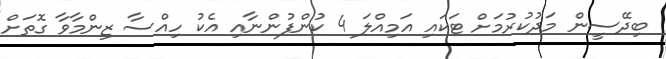
ބިދޭސީން މަދުކުރުމަށް ޓަކައި އަމިއްލަ 4 ކުންފުންނާއި އެކު ހިއްސާ ޒިންމާވާ ގޮތަށް